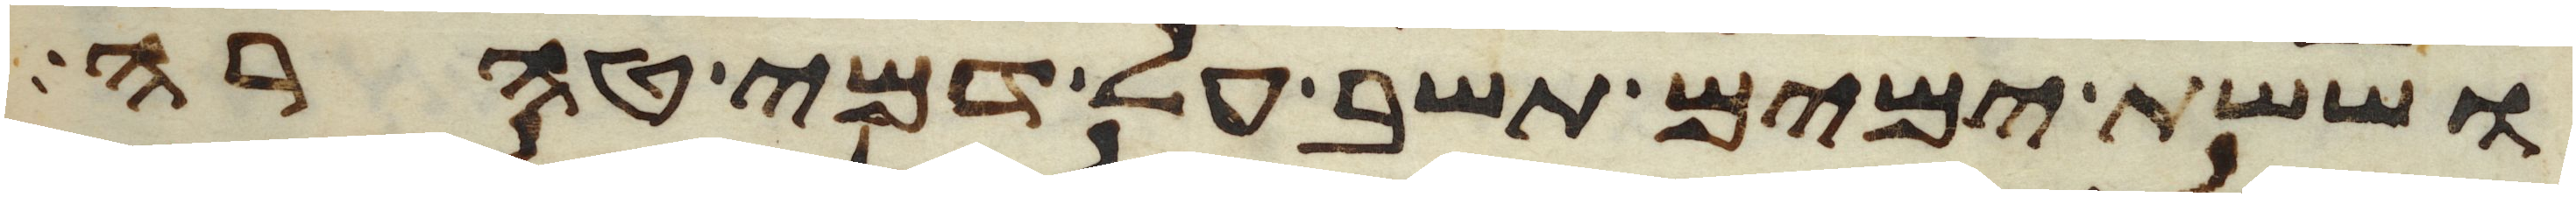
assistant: וששת ימים תשב על דמי טהרה